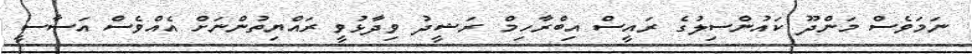
ނަމަވެސް މަންދޫ ކައުންސިލުގެ ރައީސް އިބްރާހިމް ރަޝީދު ވިދާޅުވީ ރައްޔިތުންނަށް އެއްވެސް އަސާސީ